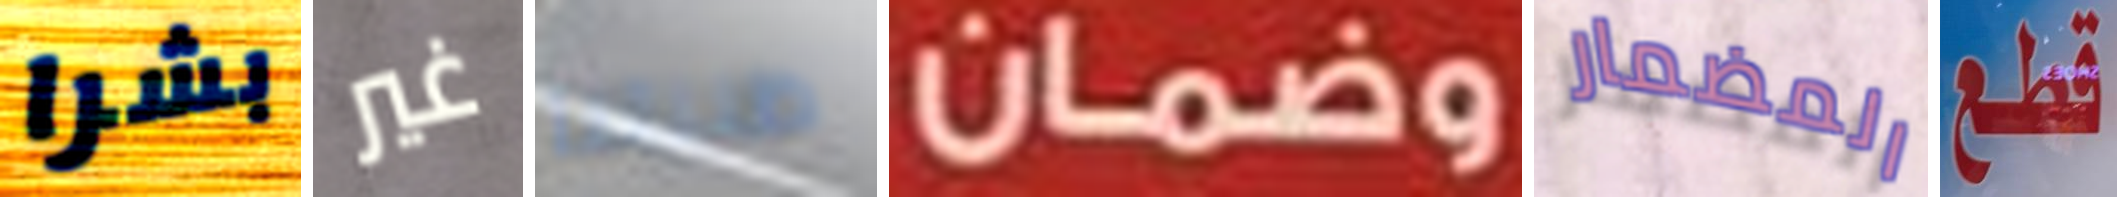
بشرا غير ظننتنا وضمان المضمار قطع